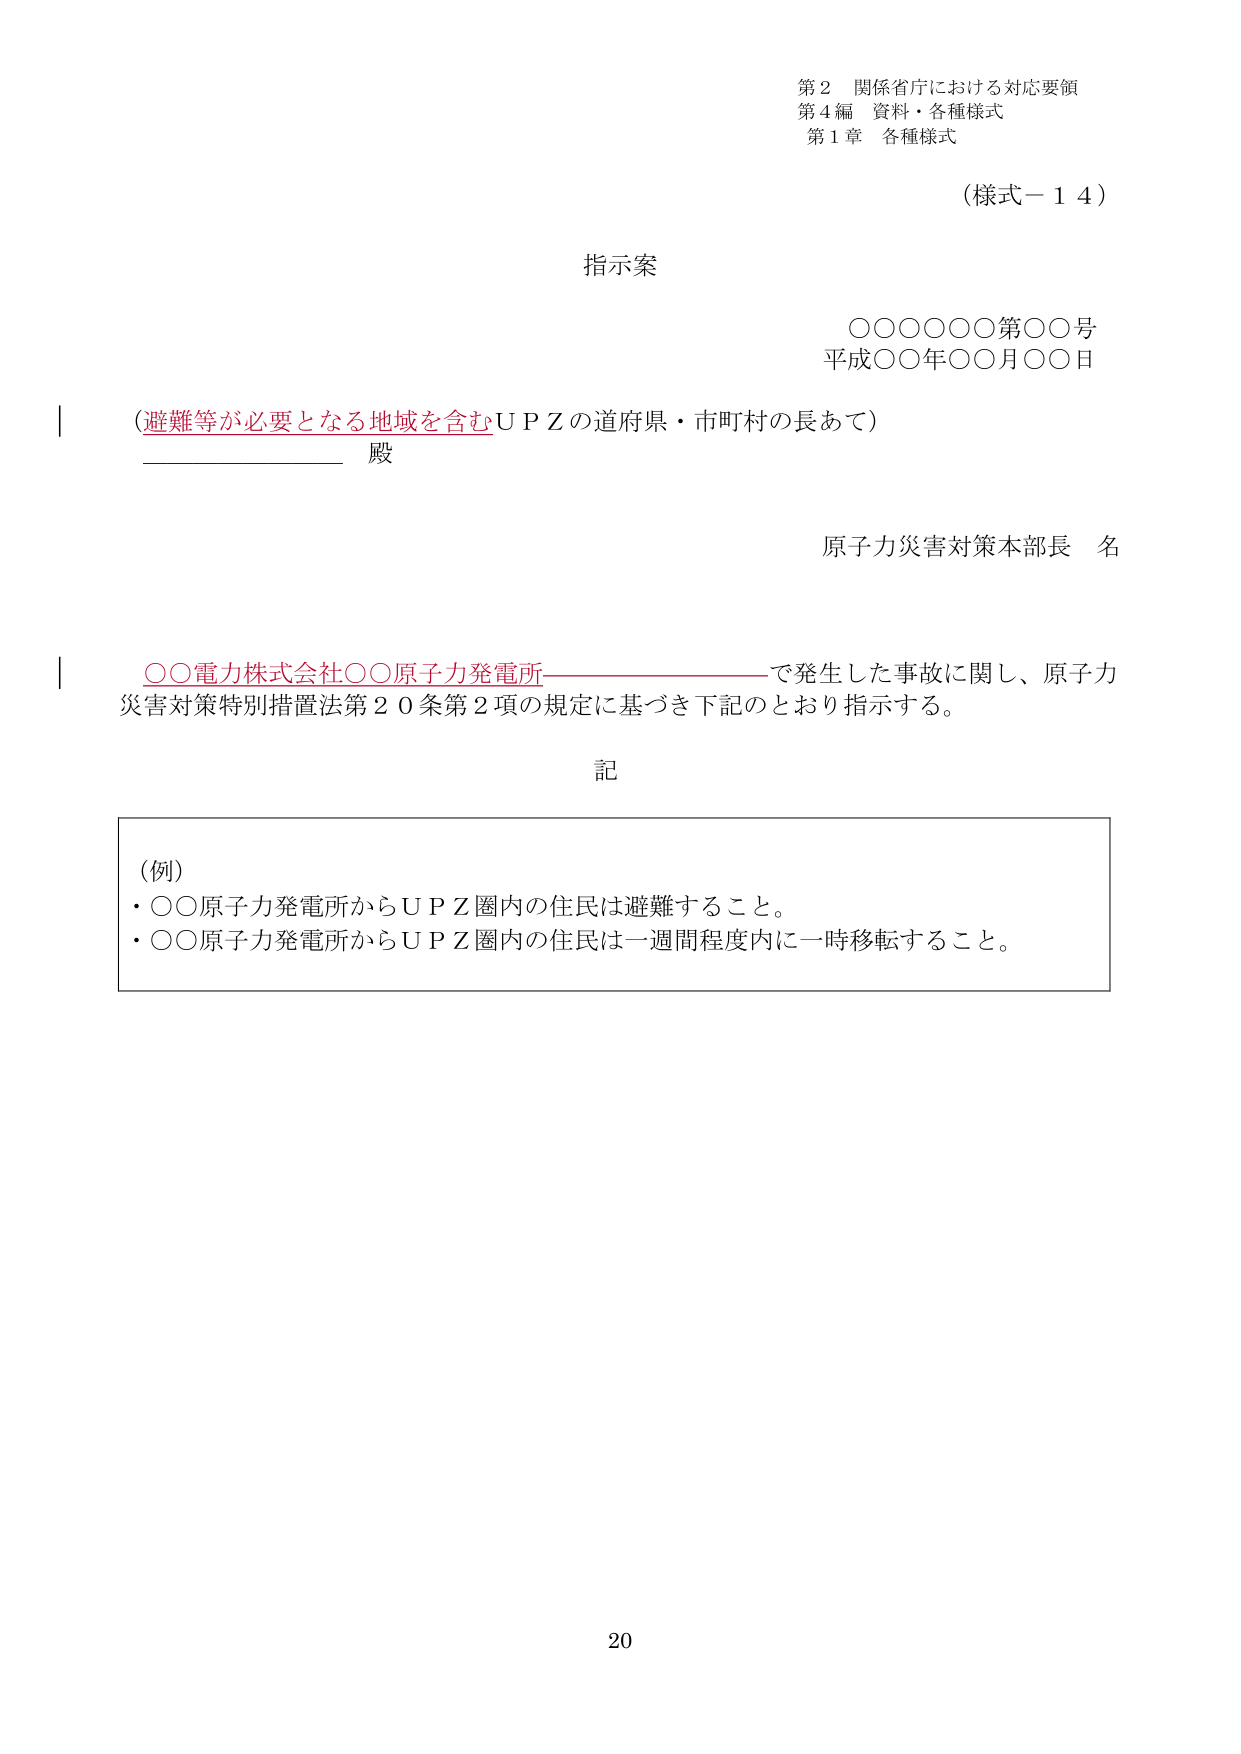
第２ 関係省庁における対応要領
第４編 資料・各種様式
第１章 各種様式

（様式－１４）

指示案

○○○○○○第○○号
平成○○年○○月○○日

（避難等が必要となる地域を含むＵＰＺの道府県・市町村の長あて）
──────────── 殿

原子力災害対策本部長 名

○○電力株式会社○○原子力発電所────────────で発生した事故に関し、原子力
災害対策特別措置法第２０条第２項の規定に基づき下記のとおり指示する。

記

（例）
・○○原子力発電所からＵＰＺ圏内の住民は避難すること。
・○○原子力発電所からＵＰＺ圏内の住民は一週間程度内に一時移転すること。

20